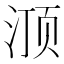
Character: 𰛽